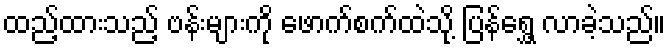
ထည့်ထားသည့် ဗန်းများကို ဖောက်စက်ထဲသို့ ပြန်ရွှေ့ လာခဲ့သည်။